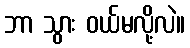
ဘာ သွား ဝယ်မလို့လဲ။